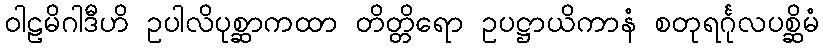
ဝါဠမိဂါဒီဟိ ဥပါလိပုစ္ဆာကထာ တိတ္တိရော ဥပဋ္ဌာယိကာနံ စတုရင်္ဂုလပစ္ဆိမံ